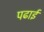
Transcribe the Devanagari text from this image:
पढार्इ